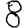
Digit: 8